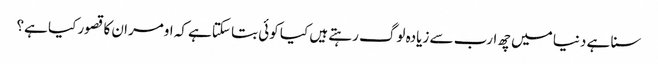
سنا ہے دنیا میں چھ ارب سے زیادہ لوگ رہتے ہیں کیا کوئی بتا سکتاہے کہ اومران کا قصور کیا ہے؟